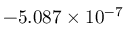
\phantom { 0 } { - 5 . 0 8 7 } \times 1 0 ^ { - 7 }